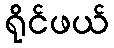
ရိုင်ဖယ်